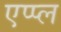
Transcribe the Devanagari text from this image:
एप्‍प्‍ल